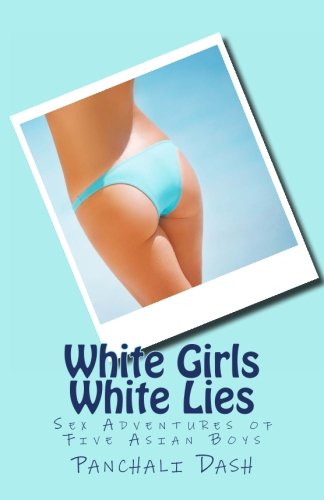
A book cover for White Girls White Lies: Sex Adventures of Five Asian Boys (Indian Erotica) (Volume 2); Panchali Dash; Romance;